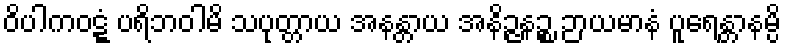
ဝိပါကဝဋ္ဋံ ပရိဘဝါမိ သပုတ္တာယ အနန္တာယ အနိဉ္ဇနဉ္စ ဉာယမာနံ ပူရေန္တာနမ္ပိ